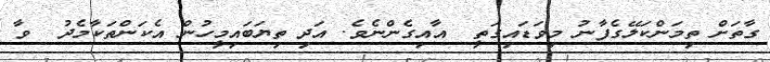
ގާތަށް ތިމަންކަލޭގެފާނު މިވަޑައިގަތީ  އާއިގެންނެވެ. އަދި ތިޔަބައިމީހުން އެކަންތަކާމެދު  ވާ